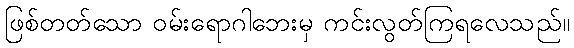
ဖြစ်တတ်သော ဝမ်းရောဂါဘေးမှ ကင်းလွတ်ကြရလေသည်။